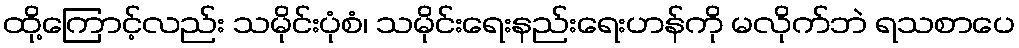
ထို့ကြောင့်လည်း သမိုင်းပုံစံ၊ သမိုင်းရေးနည်းရေးဟန်ကို မလိုက်ဘဲ ရသစာပေ